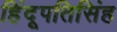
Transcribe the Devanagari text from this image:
हिंदूपतिसिंह